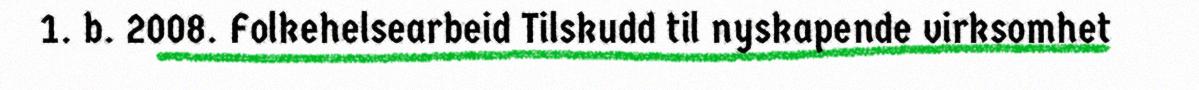
1. b. 2008. Folkehelsearbeid Tilskudd til nyskapende virksomhet